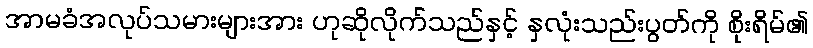
အာမခံအလုပ်သမားများအား ဟုဆိုလိုက်သည်နှင့် နှလုံးသည်းပွတ်ကို စိုးရိမ်၏